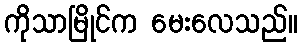
ကိုသာမြိုင်က မေးလေသည်။